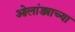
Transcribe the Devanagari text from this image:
ओलांड्याच्या